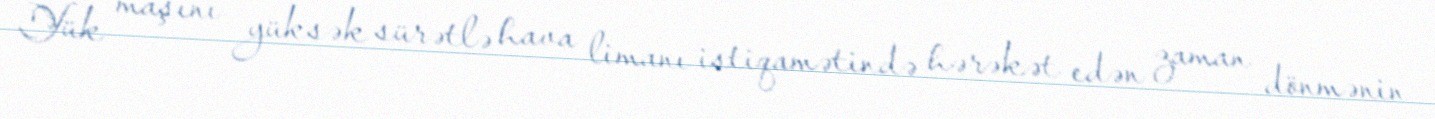
Yük maşını yüksək sürətlə hava limanı istiqamətində hərəkət edən zaman dönmənin